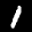
Label: 1